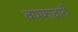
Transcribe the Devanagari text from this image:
वपफादारी